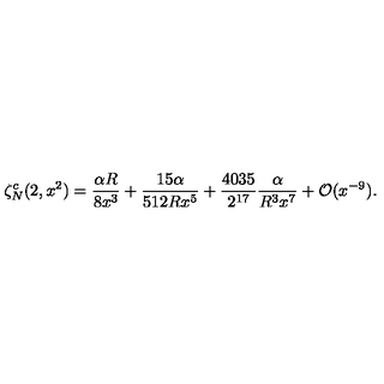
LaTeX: \zeta _ { N } ^ { c } ( 2 , x ^ { 2 } ) = \frac { \alpha R } { 8 x ^ { 3 } } + \frac { 1 5 \alpha } { 5 1 2 R x ^ { 5 } } + \frac { 4 0 3 5 } { 2 ^ { 1 7 } } \frac { \alpha } { R ^ { 3 } x ^ { 7 } } + { \cal O } ( x ^ { - 9 } ) { . }